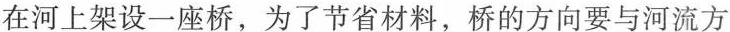
在河上架设一座桥，为了节省材料，桥的方向要与河流方